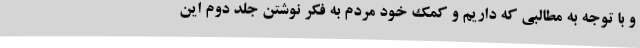
و با توجه به مطالبی که داریم و کمک خود مردم به فکر نوشتن جلد دوم این